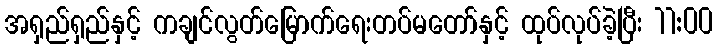
အရှည်ရှည်နှင့် ကချင်လွတ်မြောက်ရေးတပ်မတော်နှင့် ထုပ်လုပ်ခဲ့ပြီး 11:00